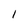
Character: 1